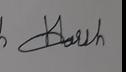
Signature authenticity: forged